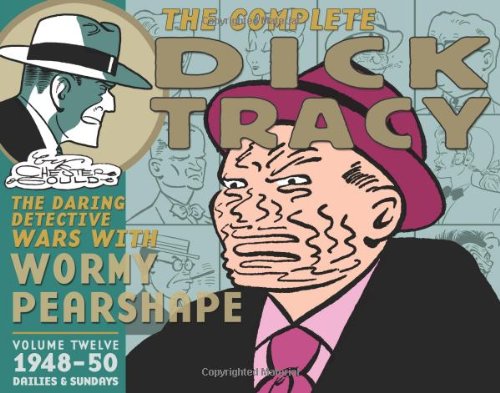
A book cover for Complete Chester Gould's Dick Tracy Volume 12; Chester Gould; Humor & Entertainment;